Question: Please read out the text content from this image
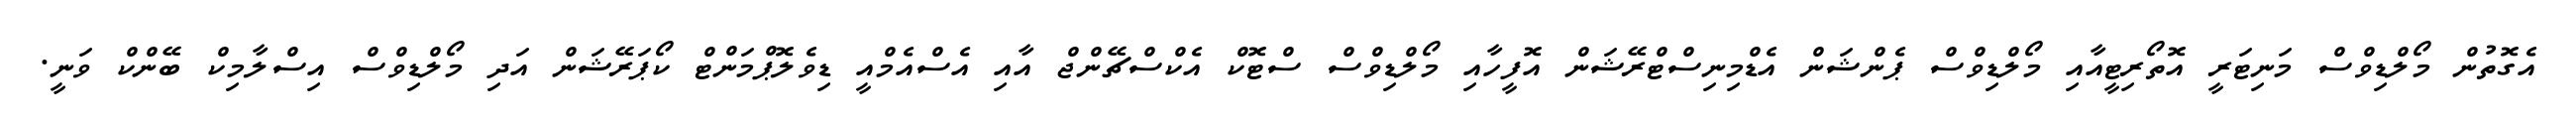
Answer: އެގޮތުން މޯލްޑިވްސް މަނިޓަރީ އޮތޯރިޓީއާއި މޯލްޑިވްސް ޕެންޝަން އެޑްމިނިސްޓްރޭޝަން އޮފީހާއި މޯލްޑިވްސް ސްޓޮކް އެކްސްޗޭންޖް އާއި އެސްއެމްއީ ޑިވެލޮޕްމަންޓް ކޯޕަރޭޝަން އަދި މޯލްޑިވްސް އިސްލާމިކް ބޭންކް ވަނީ.